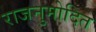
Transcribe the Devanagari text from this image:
राजनुमोदित